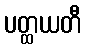
ပတ္ထယတီ